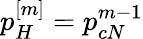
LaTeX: p_{H}^{[m]}=p_{cN}^{m-1}